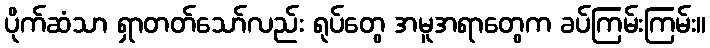
ပိုက်ဆံသာ ရှာတတ်သော်လည်း ရုပ်တွေ အမူအရာတွေက ခပ်ကြမ်းကြမ်း။